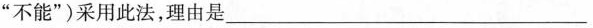
“不能”）采用此法，理由是___